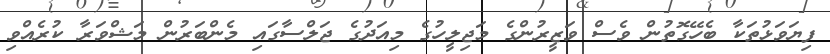
ފިޔަވަޅުތަކާ ބެހޭގޮތުން ވެސް ވަޒީރުންގެ މަޖިލީހުގެ މިއަދުގެ ޖަލްސާގައި މެންބަރުން މަޝްވަރާ ކުރެއްވި